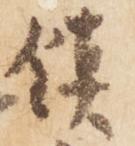
鎮